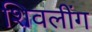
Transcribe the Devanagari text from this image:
शिवलींग